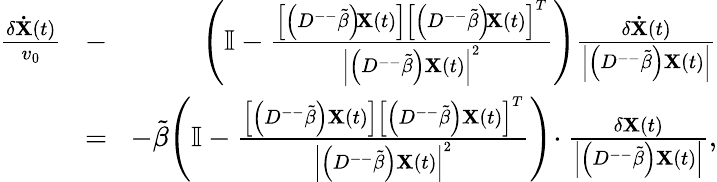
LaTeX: \begin{array}{rlr}{\frac{\delta\mathbf{\dot{X}}(t)}{v_{0}}\! }&{-}&{\! \left(\mathbb{I}-\frac{\left[\left(D^{--}\tilde{\beta}\right)\! \mathbf{X}(t)\right]\left[\left(D^{--}\tilde{\beta}\right)\! \mathbf{X}(t)\right]^{T}}{\left|\left(D^{--}\tilde{\beta}\right)\mathbf{X}(t)\right|^{2}}\right)\frac{\delta\mathbf{\dot{X}}(t)}{\left|\left(D^{--}\tilde{\beta}\right)\mathbf{X}(t)\right|}}\\ {\! }&{=}&{\! -\tilde{\beta}\! \left(\mathbb{I}-\frac{\left[\left(D^{--}\tilde{\beta}\right)\mathbf{X}(t)\right]\left[\left(D^{--}\tilde{\beta}\right)\mathbf{X}(t)\right]^{T}}{\left|\left(D^{--}\tilde{\beta}\right)\mathbf{X}(t)\right|^{2}}\right)\! \cdot\frac{\delta\mathbf{X}(t)}{\left|\left(D^{--}\tilde{\beta}\right)\mathbf{X}(t)\right|},}\end{array}